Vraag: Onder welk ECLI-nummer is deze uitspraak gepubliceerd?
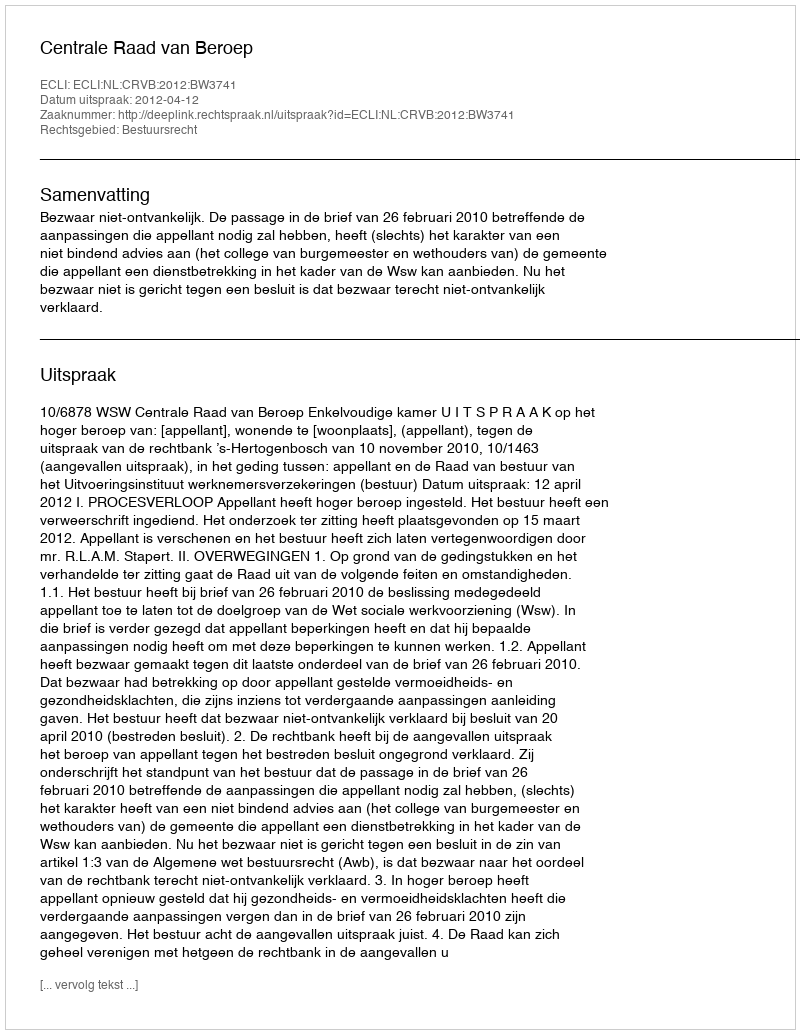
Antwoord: ECLI:NL:CRVB:2012:BW3741